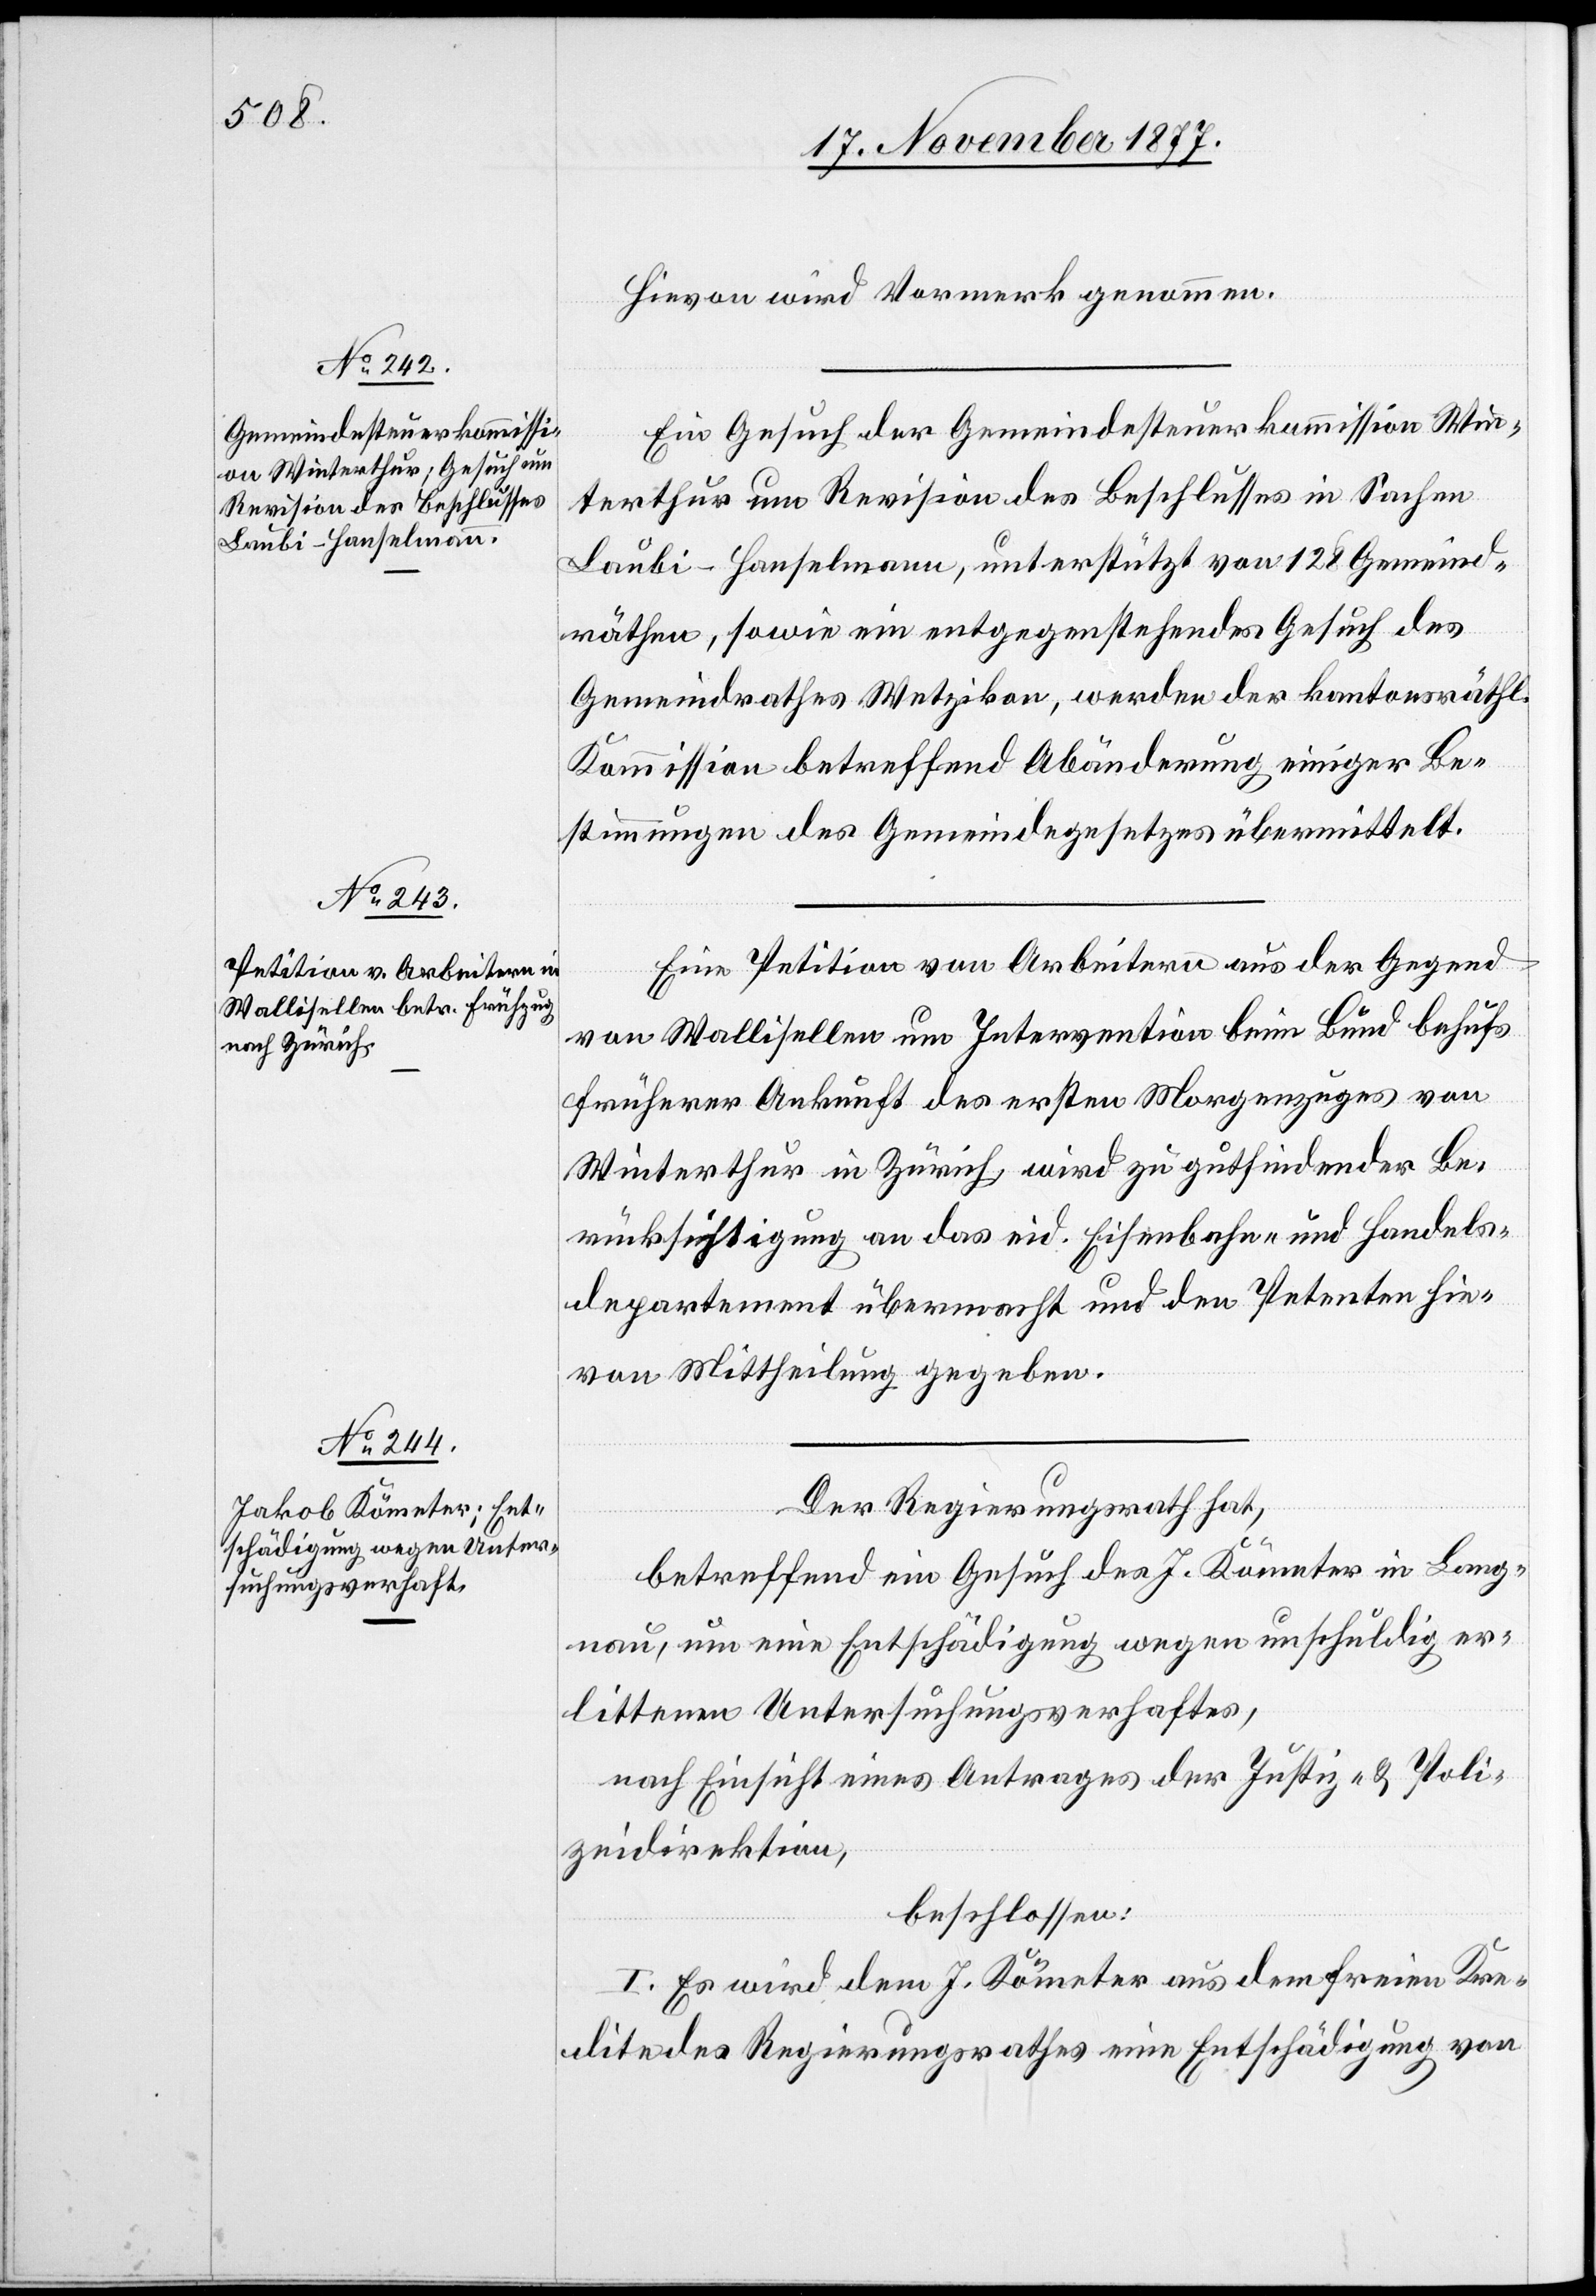
Hievon wird Vormerk genommen.
Ein Gesuch der Gemeindesteuerkommission Win¬
terthur um Revision des Beschlusses in Sachen
Laubi-Hanselmann, unterstützt von 128 Gemeind¬
räthen, sowie ein entgegenstehendes Gesuch des
Gemeindrathes Wetzikon, werden der kantonsräthl.
Kommission betreffend Abänderung einiger Be¬
stimmungen des Gemeindegesetzes übermittelt.
Eine Petition von Arbeitern aus der Gegend
von Wallisellen um Intervention beim Bund behufs
früherer Ankunft des ersten Morgenzuges von
Winterthur in Zürich, wird zu gutfindender Be¬
rücksichtigung an das eid. Eisenbahn- und Handels¬
departement übermacht und den Petenten hie¬
von Mittheilung gegeben.
Der Regierungsrath hat,
betreffend ein Gesuch des J. Kömeter in Lang¬
nau, um eine Entschädigung wegen unschuldig er¬
littenen Untersuchungsverhaftes,
nach Einsicht eines Antrages der Justiz- & Poli¬
zeidirektion,
beschlossen:
I. Es wird dem J. Kömeter aus dem freien Kre¬
dite des Regierungsrathes eine Entschädigung von